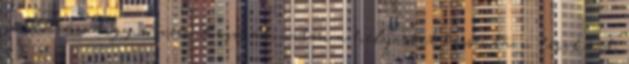
gondolván, hogy átveri Reginát, aztán a helyzetet hosszútávú tervként,